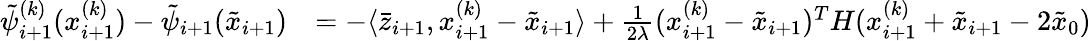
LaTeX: \begin{array}{rl}{\tilde{\psi}_{i+1}^{(k)}(x_{i+1}^{(k)})-\tilde{\psi}_{i+1}(\tilde{x}_{i+1})}&{=-\langle\bar{z}_{i+1},x_{i+1}^{(k)}-\tilde{x}_{i+1}\rangle+\frac{1}{2\lambda}(x_{i+1}^{(k)}-\tilde{x}_{i+1})^{T}H(x_{i+1}^{(k)}+\tilde{x}_{i+1}-2\tilde{x}_{0})}\end{array}